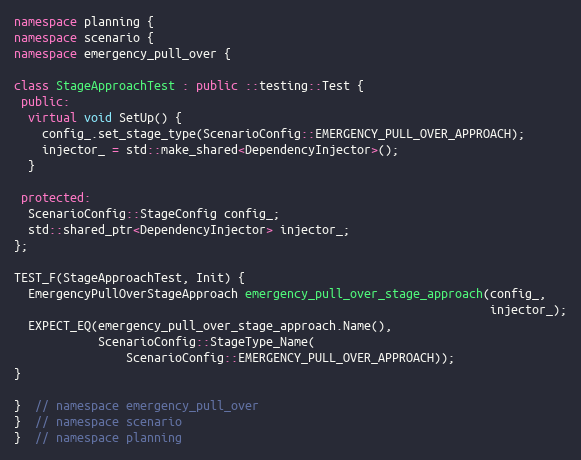
Language: C++
namespace planning {
namespace scenario {
namespace emergency_pull_over {

class StageApproachTest : public ::testing::Test {
 public:
  virtual void SetUp() {
    config_.set_stage_type(ScenarioConfig::EMERGENCY_PULL_OVER_APPROACH);
    injector_ = std::make_shared<DependencyInjector>();
  }

 protected:
  ScenarioConfig::StageConfig config_;
  std::shared_ptr<DependencyInjector> injector_;
};

TEST_F(StageApproachTest, Init) {
  EmergencyPullOverStageApproach emergency_pull_over_stage_approach(config_,
                                                                    injector_);
  EXPECT_EQ(emergency_pull_over_stage_approach.Name(),
            ScenarioConfig::StageType_Name(
                ScenarioConfig::EMERGENCY_PULL_OVER_APPROACH));
}

}  // namespace emergency_pull_over
}  // namespace scenario
}  // namespace planning